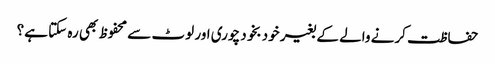
حفاظت کرنے والے کے بغیر خود بخود چوری اور لوٹ سے محفوظ بھی رہ سکتا ہے؟